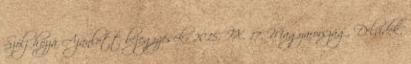
Szólj hozzá Ajánlott bejegyzések: 2015. IX. 17. Magyarország, Délvidék,